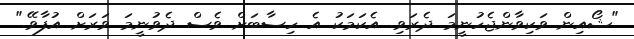
"ޝޯއިން ވަކިވާންޖެހުނީމަ ދެރަވި. އެކަމަކު އެ ހިސާބަށް ވެސް ދެވުނީމަ ވަރަށް އުފާވޭ."